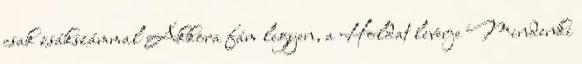
csak zsákszámmal Akkora fám legyen, a Holdat leverje Mindenki